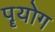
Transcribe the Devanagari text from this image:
पॄयोग